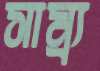
সাম্র্য